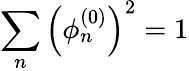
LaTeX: \sum_{n}\left(\phi_{n}^{(0)}\right)^{2}=1